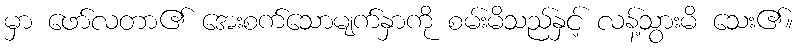
မှာ ဖော်လတာ၏ အေးစက်သောမျက်နှာကို စမ်းမိသည်နှင့် လန့်သွားမိ သေး၏။